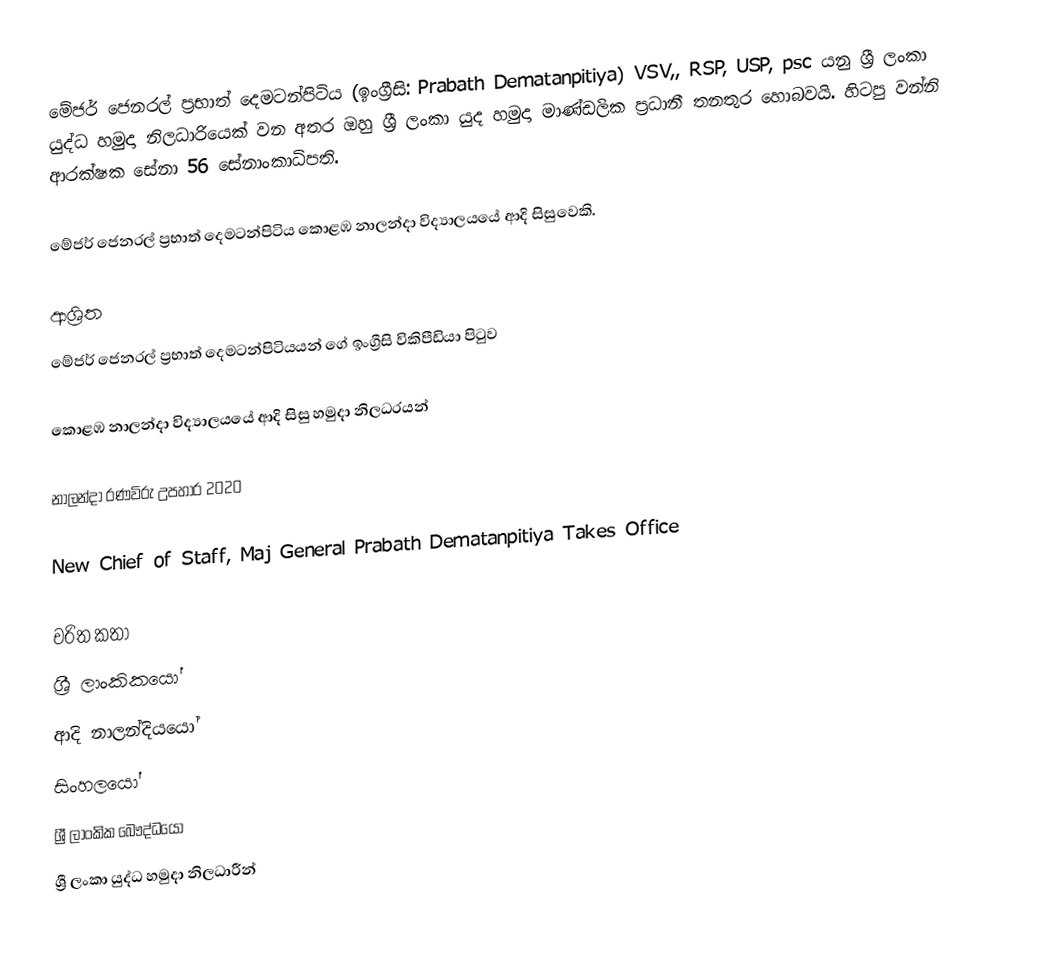
මේජර් ජෙනරල් ප්‍රභාත් දෙමටන්පිටිය (ඉංග්‍රීසි: Prabath Dematanpitiya)  VSV,, RSP, USP, psc යනු  ශ්‍රී ලංකා යුද්ධ හමුදා නිලධාරියෙක් වන අතර ඔහු ශ්‍රී ලංකා යුද හමුදා මාණ්ඩලික ප්‍රධානී තනතුර හොබවයි. හිටපු වන්නි ආරක්ෂක සේනා 56 සේනාංකාධිපති.

මේජර් ජෙනරල් ප්‍රභාත් දෙමටන්පිටිය කොළඹ නාලන්දා විද්‍යාලයයේ ආදි සිසුවෙකි.

ආශ්‍රිත
  මේජර් ජෙනරල් ප්‍රභාත් දෙමටන්පිටියයන් ගේ ඉංග්‍රීසි විකිපීඩියා පිටුව

 කොළඹ නාලන්දා විද්‍යාලයයේ ආදි සිසු හමුදා නිලධරයන්

 නාලන්දා රණවිරු උපහාර 2020

 New Chief of Staff, Maj General Prabath Dematanpitiya Takes Office

චරිත කතා
ශ්‍රී ලාංකිකයෝ
ආදි නාලන්දියයෝ
සිංහලයෝ
ශ්‍රී ලාංකික බෞද්ධයෝ
ශ්‍රී ලංකා යුද්ධ හමුදා නිලධාරීන්